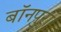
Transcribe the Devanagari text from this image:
बॉनपुरा